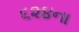
૬૨૪ના